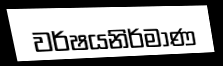
වර්ෂයනිර්මාණ